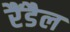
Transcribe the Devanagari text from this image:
रैंडैल